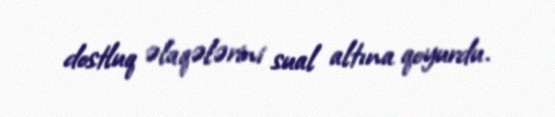
dostluq əlaqələrini sual altına qoyurdu.